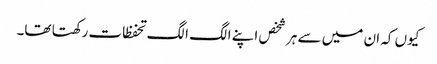
کیوں کہ ان میں سے ہر شخص اپنے الگ الگ تحفظات رکھتا تھا۔